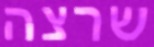
שרצה